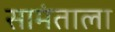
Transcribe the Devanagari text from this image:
सामंताला